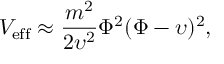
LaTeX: V _ { \mathrm { e f f } } \approx \frac { m ^ { 2 } } { 2 \upsilon ^ { 2 } } \Phi ^ { 2 } ( \Phi - \upsilon ) ^ { 2 } ,